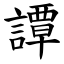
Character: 譚